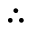
\therefore